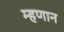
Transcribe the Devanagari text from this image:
म्हणान